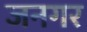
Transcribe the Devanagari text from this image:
जनगर